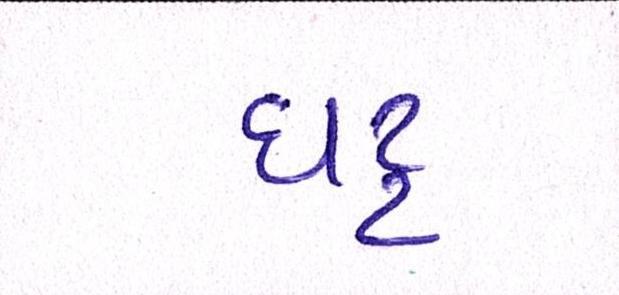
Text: ઘટ્ટ